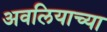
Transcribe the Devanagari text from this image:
अवलियाच्या